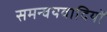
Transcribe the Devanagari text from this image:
समन्वयवादियों